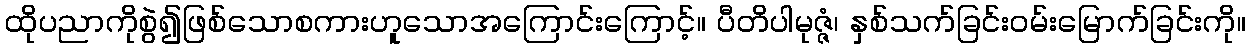
ထိုပညာကိုစွဲ၍ဖြစ်သောစကားဟူသောအကြောင်းကြောင့်။ ပီတိပါမုဇ္ဇံ၊ နှစ်သက်ခြင်းဝမ်းမြောက်ခြင်းကို။